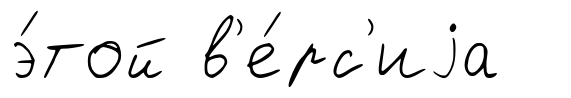
э́той в'е́рс'иjа